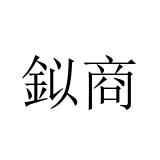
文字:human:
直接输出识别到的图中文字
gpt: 鉯商